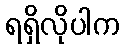
ရရှိလိုပါက